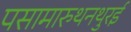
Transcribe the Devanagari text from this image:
पसामारुथनथुरई